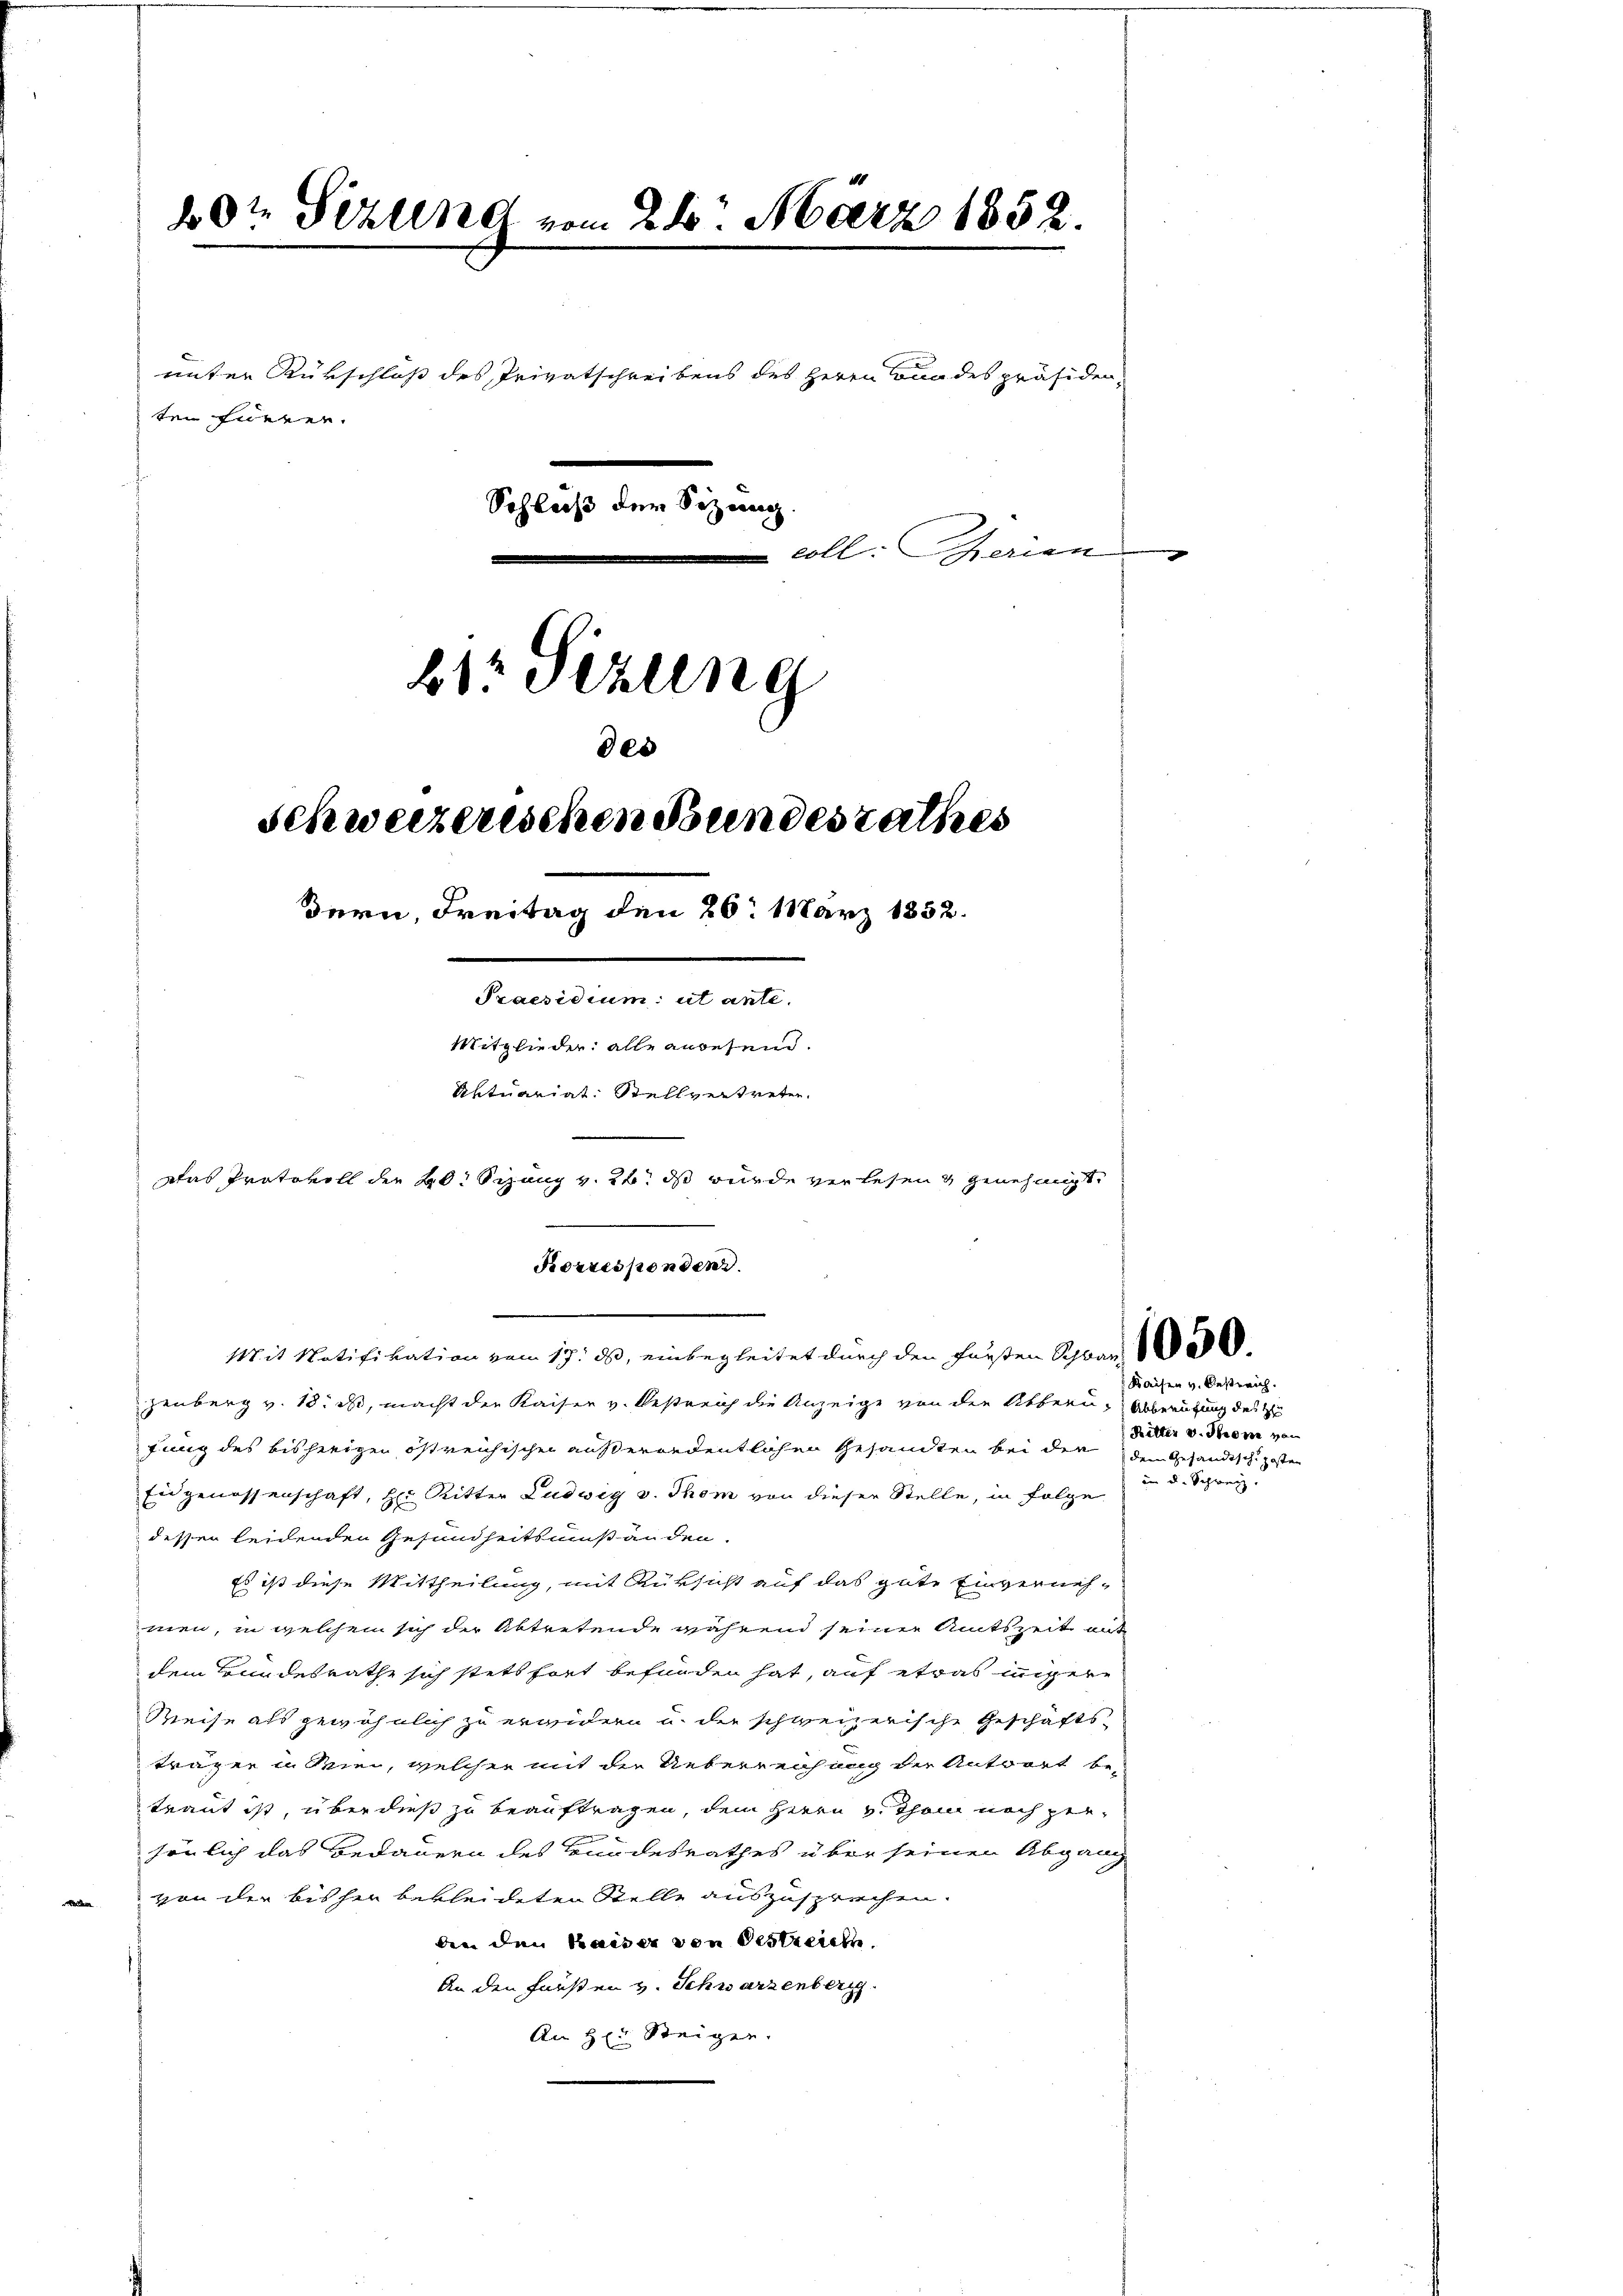
20t Setzung vom 24. März 1852.

ten Euerer.
Schluß der Schang.
.
Mitglieder alle anwesen.
Mit Notifikation vom 17. ds, einbegleitet durch den Fürsten Schwan
zenberg v. 18. ds, macht der Kaiser v. Oestreich die Anzeige von den Abbern, Abberufung des S
fung des bisherigen östreichischen außerordentlichen Gesandten bei den den Gesandischposten
Eidgenossenschaft, H. Ritter Ludwig v. Thom von dieser Stelle, in Folge
dessen leidenden Gesundheitsumstanden
Es ist diese Mittheilung, mit Rüksicht auf das gute Einverneh-
men, in welchem sich der Abtretende während seiner Amtszeit mit
dem Bundesrathe sich stets fort befunden hat, auf etwas innigere
Reise als gewöhnlich zu erwidern u. die schweizerische Geschäftsträger u. Wien, welcher mit der Ueberreichung der Antwort be-
traut ist, über dieß zu beauftragen, dem Herrn v. Thann noch presönlich das Bedauern des Bundesrathes über seinen Abgang
von der bisher bekleideten Stelle auszusprechen.
ben den Kaiser von Oestreichn
An den Fürsten v. Schwarzenberg
An Her Steiger.

unter Rükschloß des Privatschreibens des Herrn Bundes präsiden-

Aktuariat Stellvertreten.
Das Protokoll der 20 Schang v. 26. ds wurde verlesen & genehmigt.
Korresponden

21: Sizung
des
Schweizerischen Bundesrathes
Bern, Freitag den 26. März 1852.

coll: Gerien

Kaisen v. Oestreich.
Ritter v. Strone von